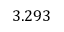
3 . 2 9 3